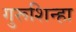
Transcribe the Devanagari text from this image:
गुरूशिन्हा